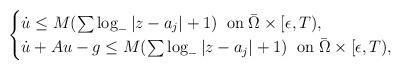
LaTeX: \begin{align*} \begin{cases} \dot{u}\leq M(\sum\log_{-}|z-a_j|+1)\;\; \mbox{on}\;\bar{\Omega}\times [\epsilon,T),\\ \dot{u}+Au-g\leq M(\sum\log_{-}|z-a_j|+1)\;\;\mbox{on}\; \bar{\Omega}\times [\epsilon,T), \end{cases} \end{align*}